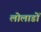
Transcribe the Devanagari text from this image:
लोलाडों